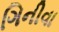
ગિનીવા